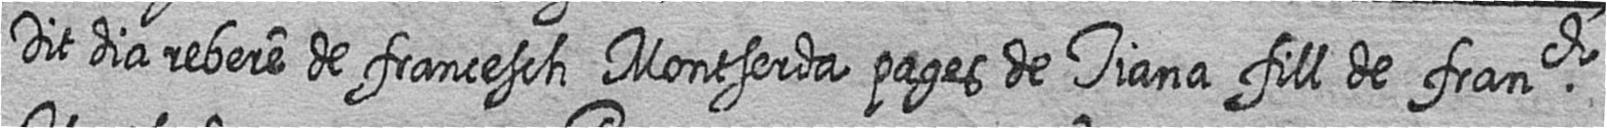
Dit dia rebere de francesch Montserda pages de Tiana fill de franch